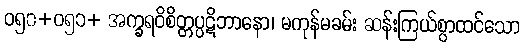
ဝ၅၀+ဝ၅၁+ အက္ခရဝိစိတ္တပ္ပဋိဘာနော၊ မကုန်မခမ်း ဆန်းကြယ်စွာထင်သော